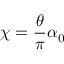
\chi = \frac { \theta } { \pi } \alpha _ { 0 }